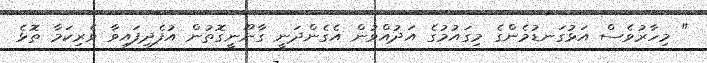
" މިހާރުވެސް އަޅުގަނޑުމެންގެ މިގައުމުގެ އަދުއްވުން އެގެންދަނީ ގާނޫނީގޮތުން އުފެދިފައިވާ ވެރިކަމާ ތޮޅެ